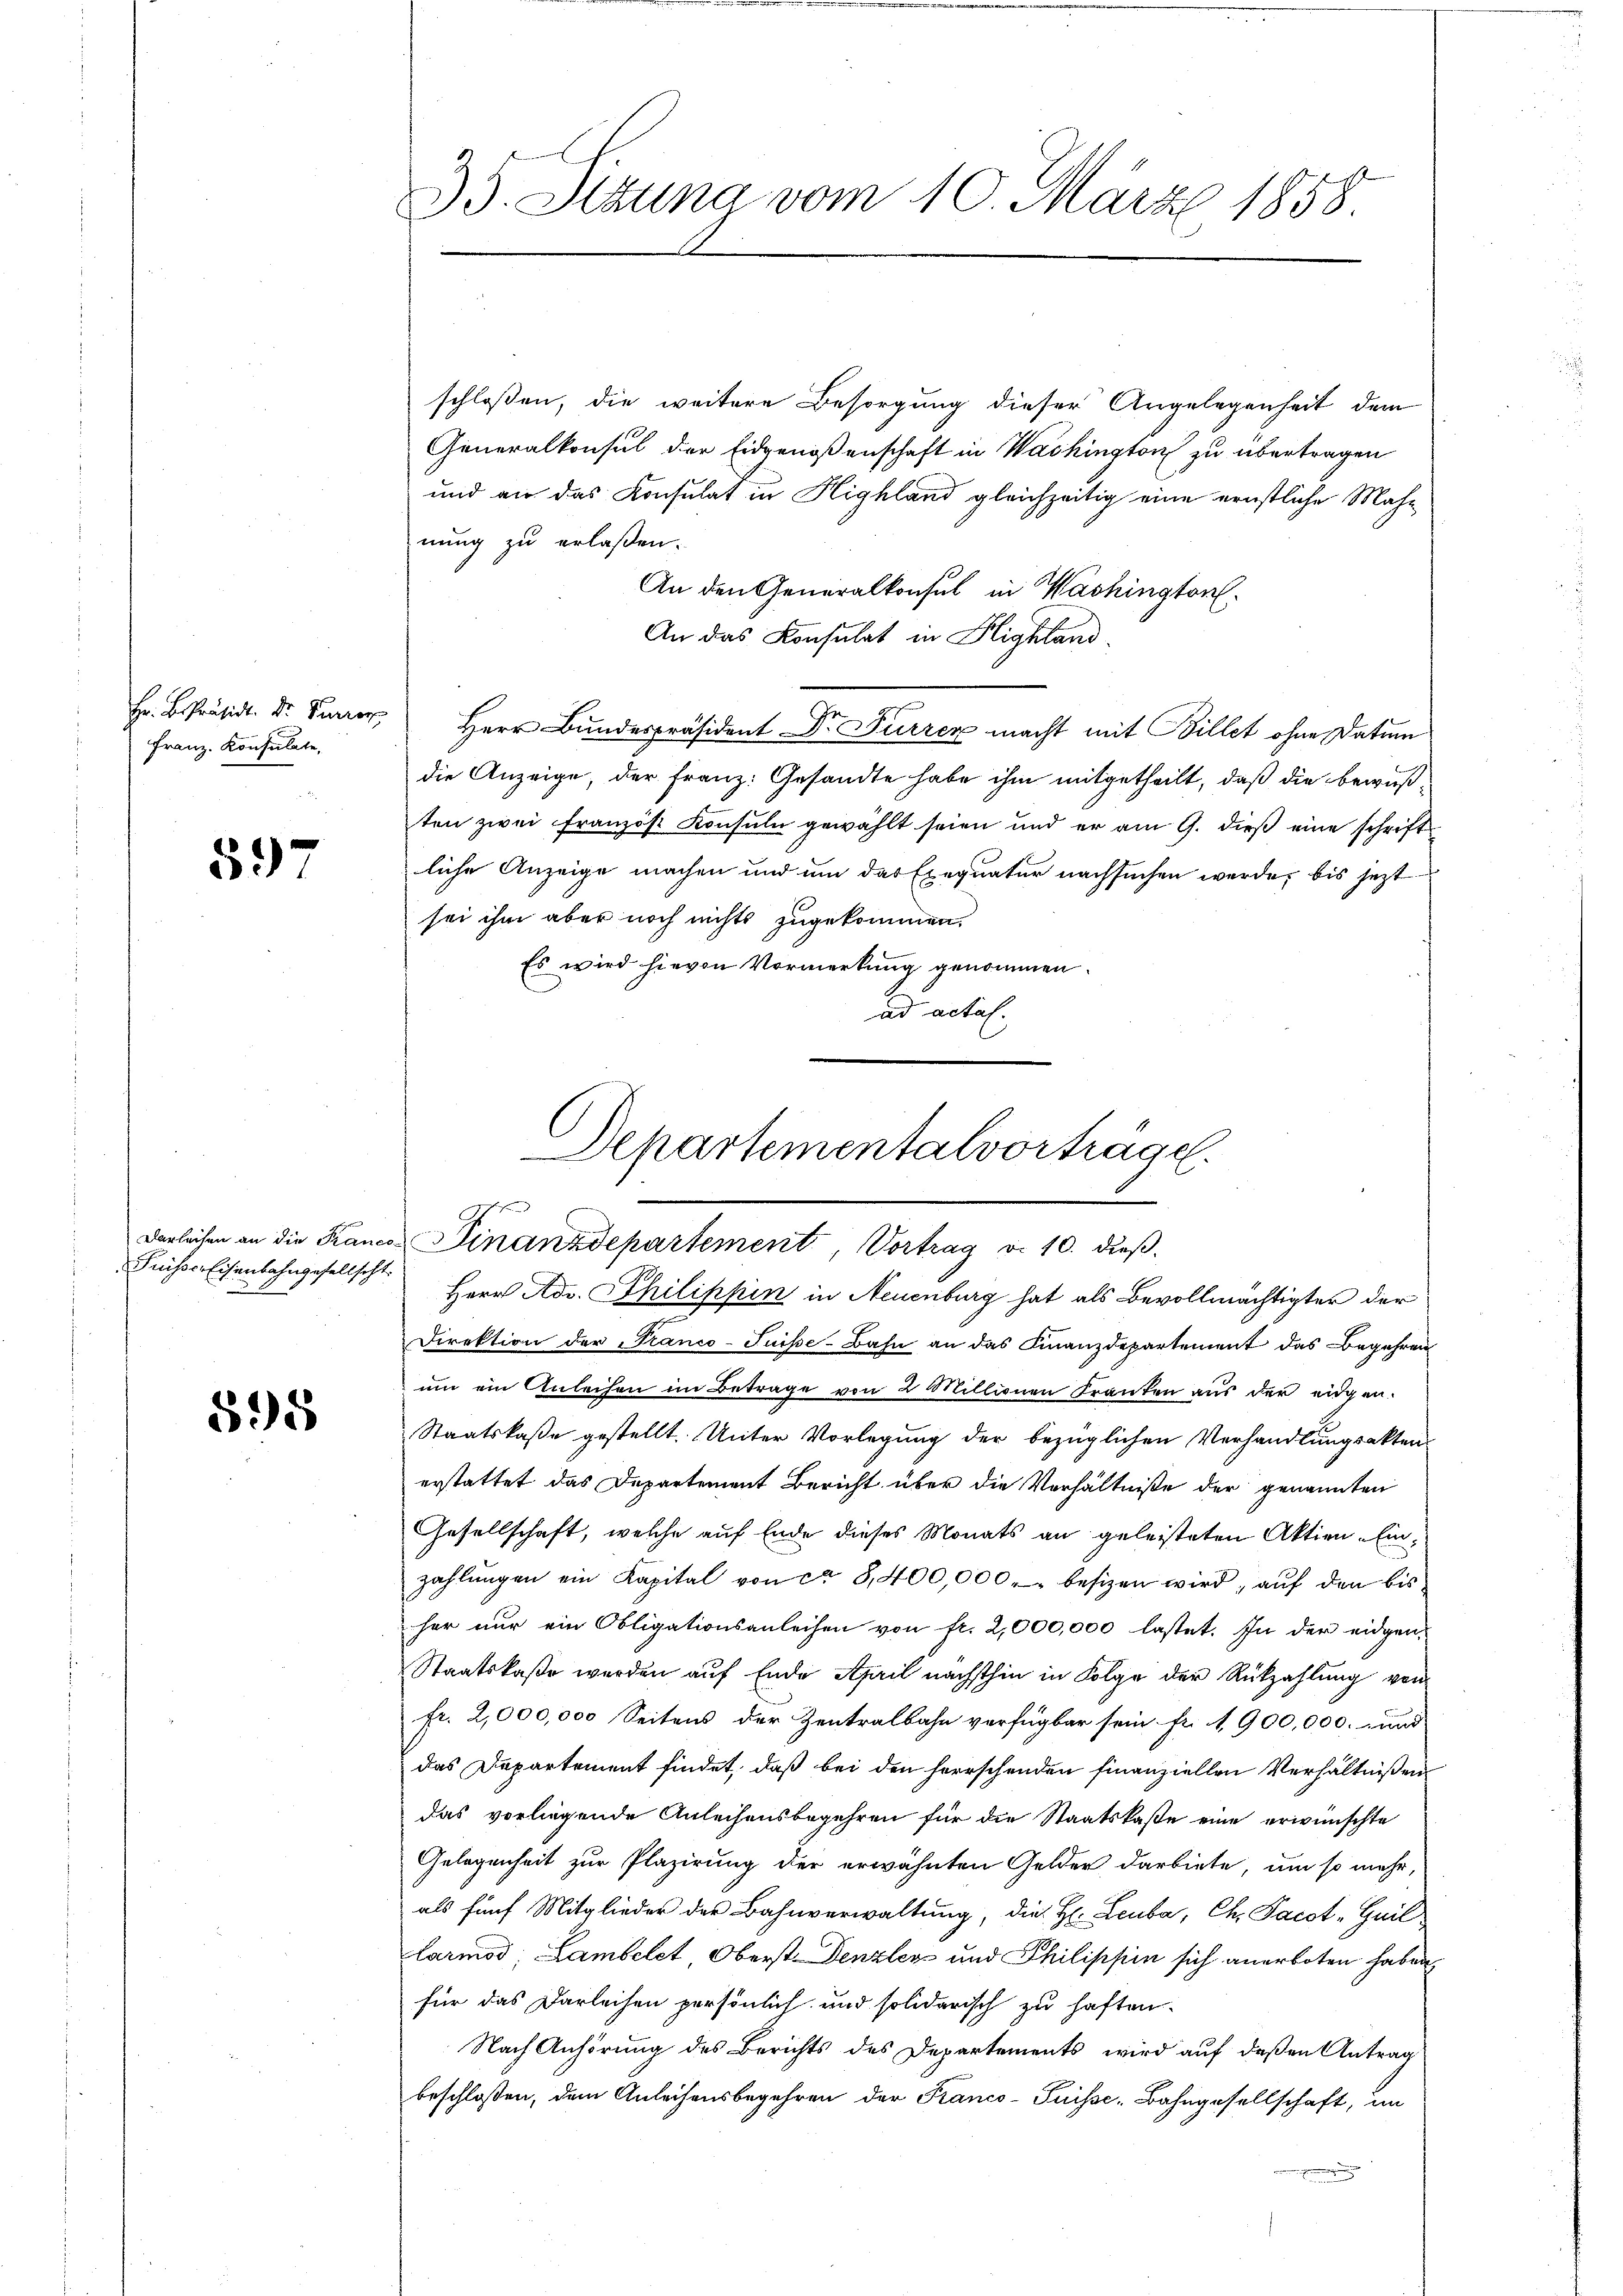
Hr. B. Präsid. Dr. Senior
Franz. Konsulate,

597

Puisser Eisenbahngesellscht.

595

35. Sizung vom 10. März 1858.

Herr Adv. Philippin in Neuenburg hat als Bevollmächtigter der
Direktion der Tranco-Puisse-Bahn an das Finanzdepartement das Begehren
um ein Anleihen im Betrage von 2 Millionen Franken aus der eidgen.
Staatskaße gestellt. Unter Vorlegung der bezüglichen Verhandlungsakten-
erstattet das Departement Bericht über die Verhältniße der genannten
Gesellschaft, welche auf Ende dieses Monats an geleisteten Aktien. Einzahlŭngen ein Kapital von ca 8,400,000 besizen wird; auf den bis
her nur ein Obligationsanleihen von fr. 2,000,000 lastet. In der eidgen-
Staatskaße werden auf Ende April nächsthin in Folge der Rückzahlung von
fr. 2,000,000 Seitens der Zentralbahn verfügbar sein fr. 1900,000.- und
das Departement findet, daß bei den herrschenden finanziellen Verhältnißen
das vorliegende Anleihensbegehren für die Staatskaße eine erwünschte
Gelegenheit zur Plazirung der erwähnten Gelder darbiete, um so mehr,
als fünf Mitglieder der Bahnverwaltung, die H. Leuba, Ch. Pacot-Guillarmod Lambelct Oberst Denzlers und Philippin sich anerboten haben
für das Darleihen persönlich und solidarisch zu haften.
Nach Anhörung des Berichts des Departements wird auf deßen Antrag
beschloßen, dem Anleihensbegehren der Franco- Puisse, Bahngesellschaft, im

schloßen, die weitere Besorgung dieser Angelegenheit dem
Generalkonsul der Eidgenossenschaft in Washington zu übertragen
und an das Konsulat in Highland gleichzeitig eine ernstliche Mahn
nung zu erlaßen.
An den Generalkonsul in Washington.
An das Konsulat in Plighland
Herr Bundespräsident Dr. Furrer macht mit Billet ohne Datum
die Anzeige, der Franz: Gesandte habe ihm mitgetheilt, daß die bewußten zwei Französt Konsuln gewählt seien und er am 9. dieß eine schriftliche Anzeige machen und um das Exequatur nachsuchen werde, bis jezt
sei ihm aber noch nichts zugekommen.
Es wird hievon Vormerkung genommen.
ad actal.

Departementalvorträge.
Darleichen an die Krancs Finanzdepartement Vortrag v. 10. dieß.